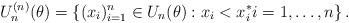
LaTeX: \begin{align*}U_n^{(n)}(\theta) = \left\{ (x_i)_{i=1}^n \in U_n(\theta) : x_i < x_i^* i = 1,\ldots, n \right\}. \end{align*}